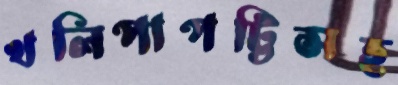
খলিপাপট্টিসহ